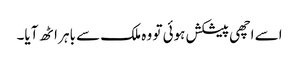
اسے اچھی پیشکش ہوئی تو وہ ملک سے باہر اٹھ آیا۔